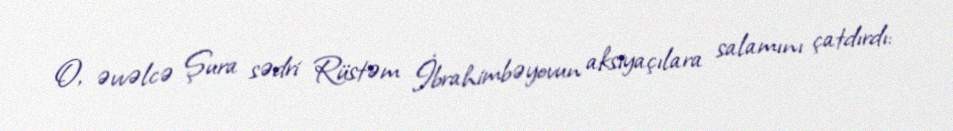
O, əvvəlcə Şura sədri Rüstəm İbrahimbəyovun aksiyaçılara salamını çatdırdı: